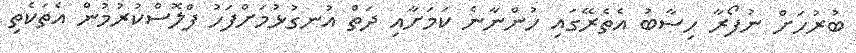
ބުރުހަށް ނުފޯރާ ހިސާބު އެތެރޭގައި ހުންނާނެ ކަމަށާއި ދަތް އުނގުޅުމަށްފަހު ފްލޮސްކުރުމުން އެތަކެތި